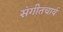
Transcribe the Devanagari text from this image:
संगीतचार्य